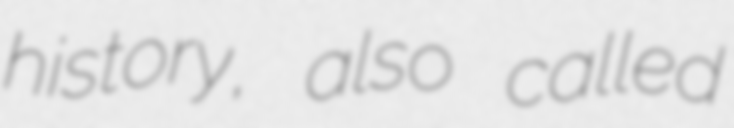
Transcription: history, also called